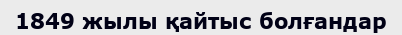
1849 жылы қайтыс болғандар